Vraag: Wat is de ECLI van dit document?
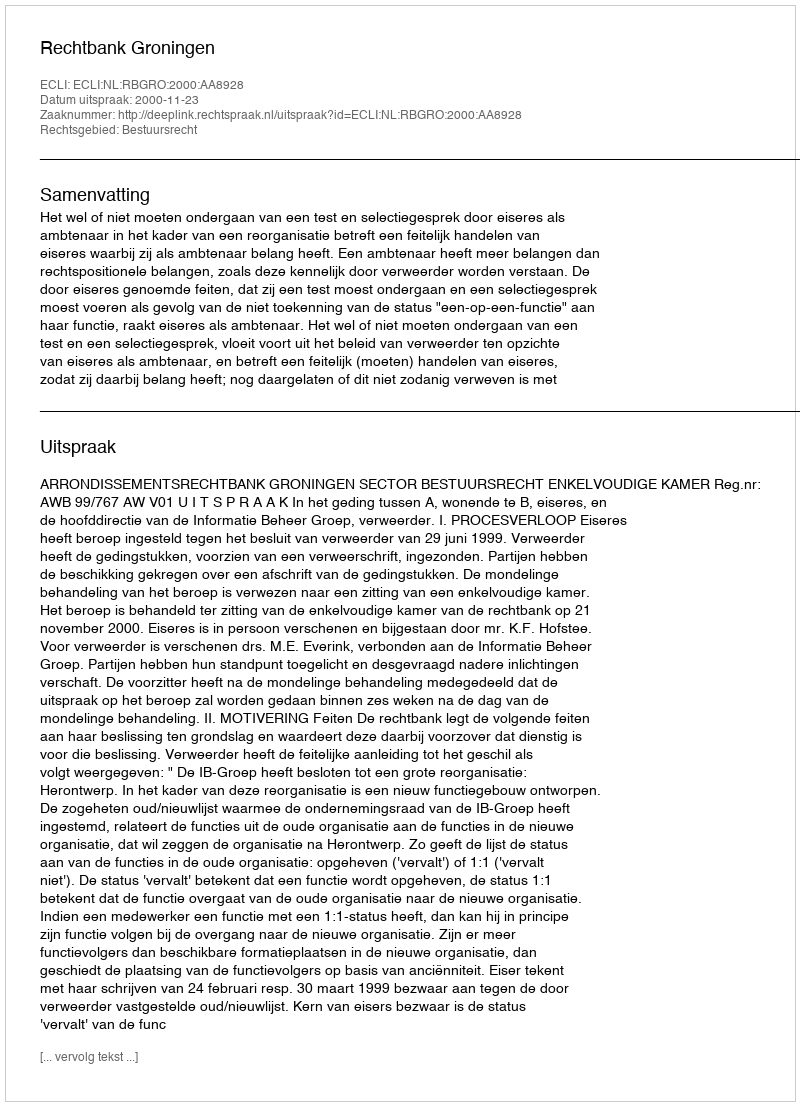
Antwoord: ECLI:NL:RBGRO:2000:AA8928